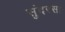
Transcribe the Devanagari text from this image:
सुंदरसा